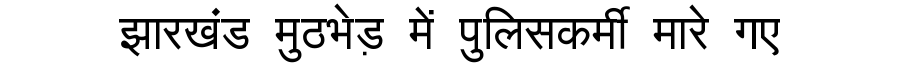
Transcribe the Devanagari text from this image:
झारखंड मुठभेड़ में पुलिसकर्मी मारे गए